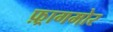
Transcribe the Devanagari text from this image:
फ़्रागमोर